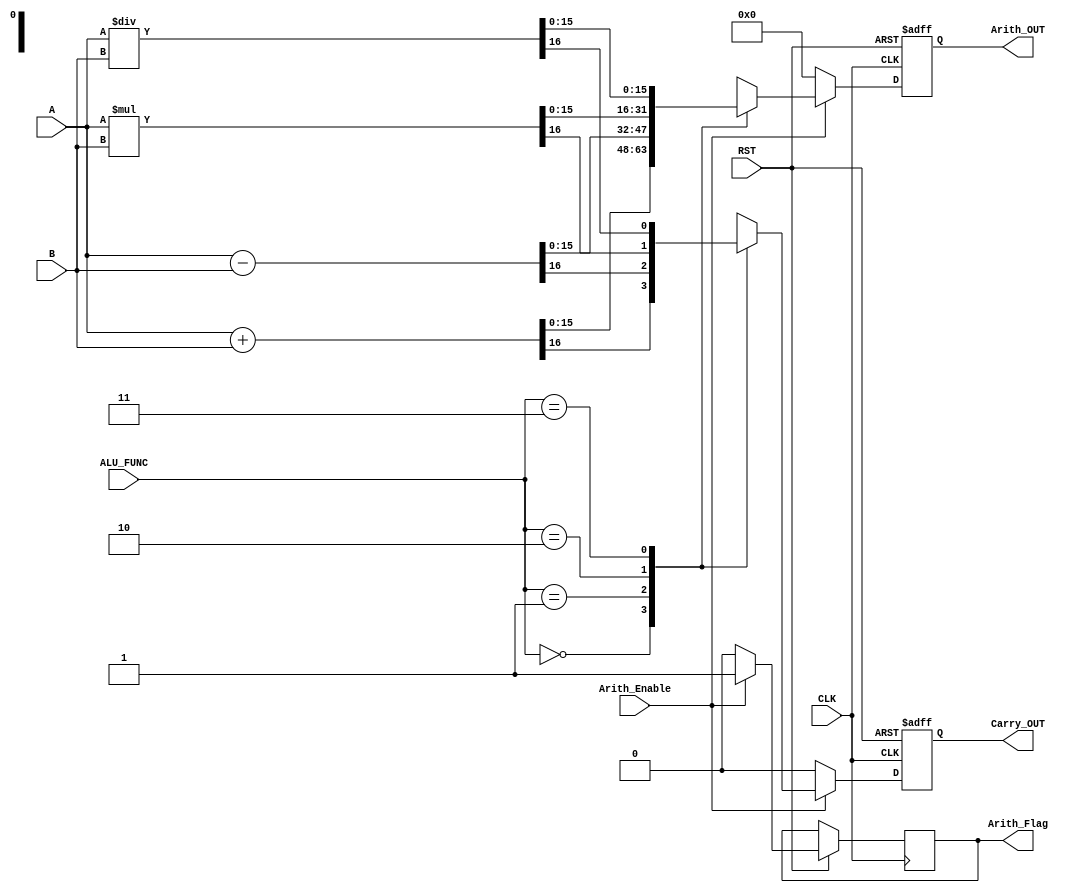
module ARITHMETIC_UNIT #(
	parameter Width =  16
	)
	(
	input  wire  [Width-1:0] A,
	input  wire  [Width-1:0] B,
	input  wire  [1:0] 		 ALU_FUNC,
	input  wire  			 CLK,
	input  wire  			 RST,
	input  wire  			 Arith_Enable,
	
	output reg   [Width-1:0] Arith_OUT,	
	output reg	   		     Carry_OUT,
	output reg		   		 Arith_Flag
);
	
 
	
	// Register with Clock and Asynchronous Active Low Reset 
	 always @(posedge CLK or negedge RST)begin
		if (!RST) begin
			Arith_OUT <= 0;
			Carry_OUT <= 0;
		end
		else begin
				if(Arith_Enable)begin
					Arith_Flag <= 1'b1;
					casex(ALU_FUNC)
						2'b00 : {Carry_OUT, Arith_OUT } <= A + B;
						2'b01 : {Carry_OUT, Arith_OUT } <= A - B;
						2'b10 : {Carry_OUT, Arith_OUT } <= A * B;
						2'b11 : {Carry_OUT, Arith_OUT } <= A / B;
					endcase 
				end
				else begin
					Carry_OUT <= 0;
					Arith_OUT <= 0;
					Arith_Flag <= 0;
				end
		end
	 end
endmodule